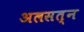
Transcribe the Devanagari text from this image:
अलसत्न